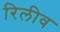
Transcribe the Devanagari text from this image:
रिलीव